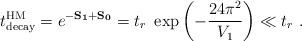
LaTeX: \begin{align*}t^{\rm HM}_{\rm decay} = e^{-\bf S_1+\bf S_0} = t_r \ \exp\left(-{24\pi^2\over V_1}\right) \ll t_r\ .\end{align*}